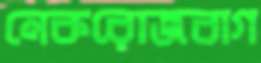
নেকরোজবাগ